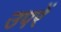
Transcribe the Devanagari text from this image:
उपरें